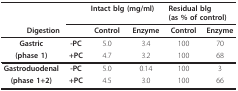
<table><thead><tr><td></td><td></td><td colspan="2"><b>Intact blg (mg/ml)</b></td><td colspan="2"><b>Residual blg(as % of control)</b></td></tr><tr><td colspan="2"><b>Digestion</b></td><td><b>Control</b></td><td><b>Enzyme</b></td><td><b>Control</b></td><td><b>Enzyme</b></td></tr></thead><tbody><tr><td><b>Gastric</b></td><td><b>-PC</b></td><td>5.0</td><td>3.4</td><td>100</td><td>70</td></tr><tr><td><b>(phase 1)</b></td><td><b>+PC</b></td><td>4.7</td><td>3.2</td><td>100</td><td>68</td></tr><tr><td><b>Gastroduodenal</b></td><td><b>-PC</b></td><td>5.0</td><td>0.14</td><td>100</td><td>3</td></tr><tr><td><b>(phase 1+2)</b></td><td><b>+PC</b></td><td>4.5</td><td>3.0</td><td>100</td><td>66</td></tr></tbody></table>